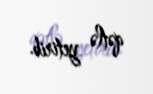
qətlə yetirib.